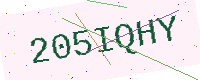
Text: 205IQHY